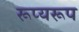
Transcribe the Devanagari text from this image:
रूप्यरूप